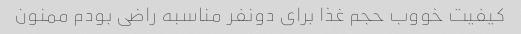
کیفیت خووب حجم غذا برای دونفر مناسبه راضی بودم ممنون